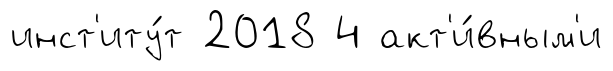
инст'иту́т 2018 4 акт'и́вным'и